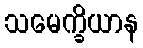
သမေက္ခိယာန